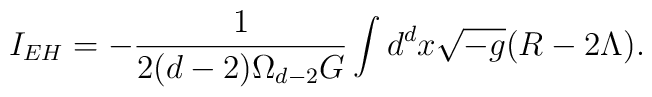
I_{EH}=-\frac{1}{2(d-2)\Omega _{d-2}G}\int d^{d}x\sqrt{-g}(R-2\Lambda ).